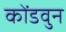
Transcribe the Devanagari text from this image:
कोंडवुन